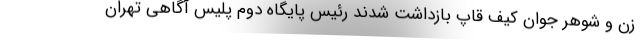
زن و شوهر جوان کیف قاپ بازداشت شدند رئیس پایگاه دوم پلیس آگاهی تهران